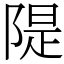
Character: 隄